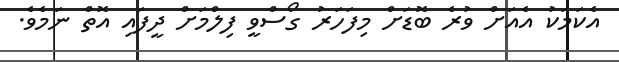
އެކަމަކު އެއަށް ވުރެ ބޮޑަށް މިފަހަރު ގޯސްވީ ފިލްމަށް ދީފައި އޮތް ނަމެވެ.